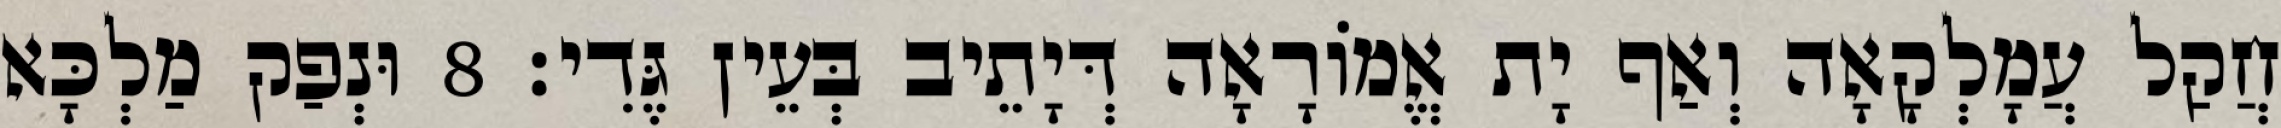
חֲקַל עֲמָלְקָאָה וְאַף יָת אֱמוֹרָאָה דְּיָתֵיב בְּעֵין גֶּדִי׃ 8 וּנְפַק מַלְכָּא